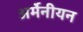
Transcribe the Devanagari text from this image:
अर्मेनीयन